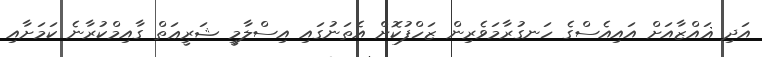
އަދި ޣައްޒާއަށް އައިއެސްގެ ހަނގުރާމަވެރިން ޒަހްފުކޮށް އެތަނުގައި އިސްލާމީ ޝަރީޢަތް ގާއިމްކުރާނެ ކަމަށާއި